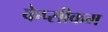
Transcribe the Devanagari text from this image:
केप्सीकम